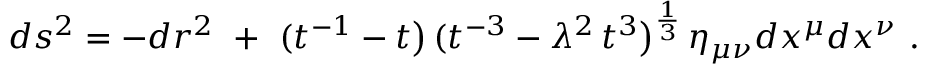
d s ^ { 2 } = - d r ^ { 2 } ~ + ~ ( t ^ { - 1 } - t \big ) \, ( t ^ { - 3 } - \lambda ^ { 2 } \, t ^ { 3 } \big ) ^ { \frac { 1 } { 3 } } \, \eta _ { \mu \nu } d x ^ { \mu } d x ^ { \nu } \ .